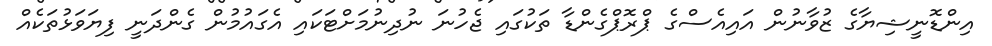
އިންޑޮނީޝިޔާގެ ޒުވާނުން އައިއެސްގެ ޕްރޮޕްގެންޑާ ތަކުގައި ޖެހުނަ ނުދިނުމަށްޓަކައި އެގައުމުން ގެންދަނީ ފިޔަވަޅުތަކެއް